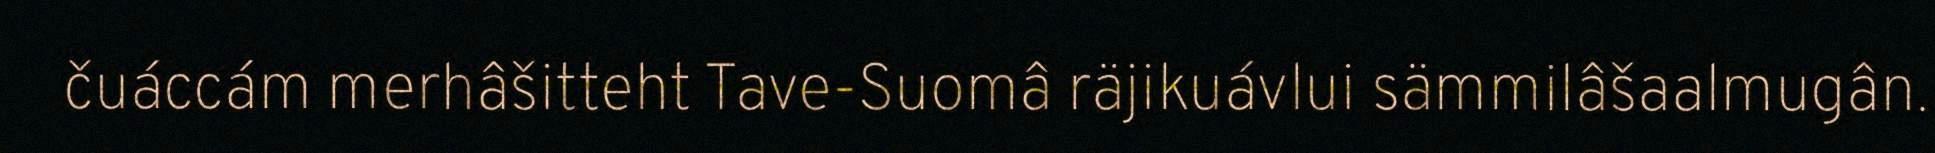
čuáccám merhâšitteht Tave-Suomâ räjikuávlui sämmilâšaalmugân.